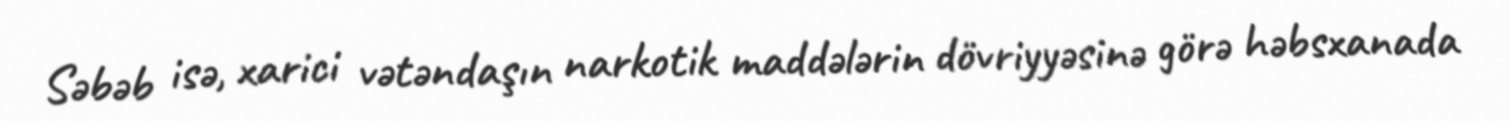
Səbəb isə, xarici vətəndaşın narkotik maddələrin dövriyyəsinə görə həbsxanada